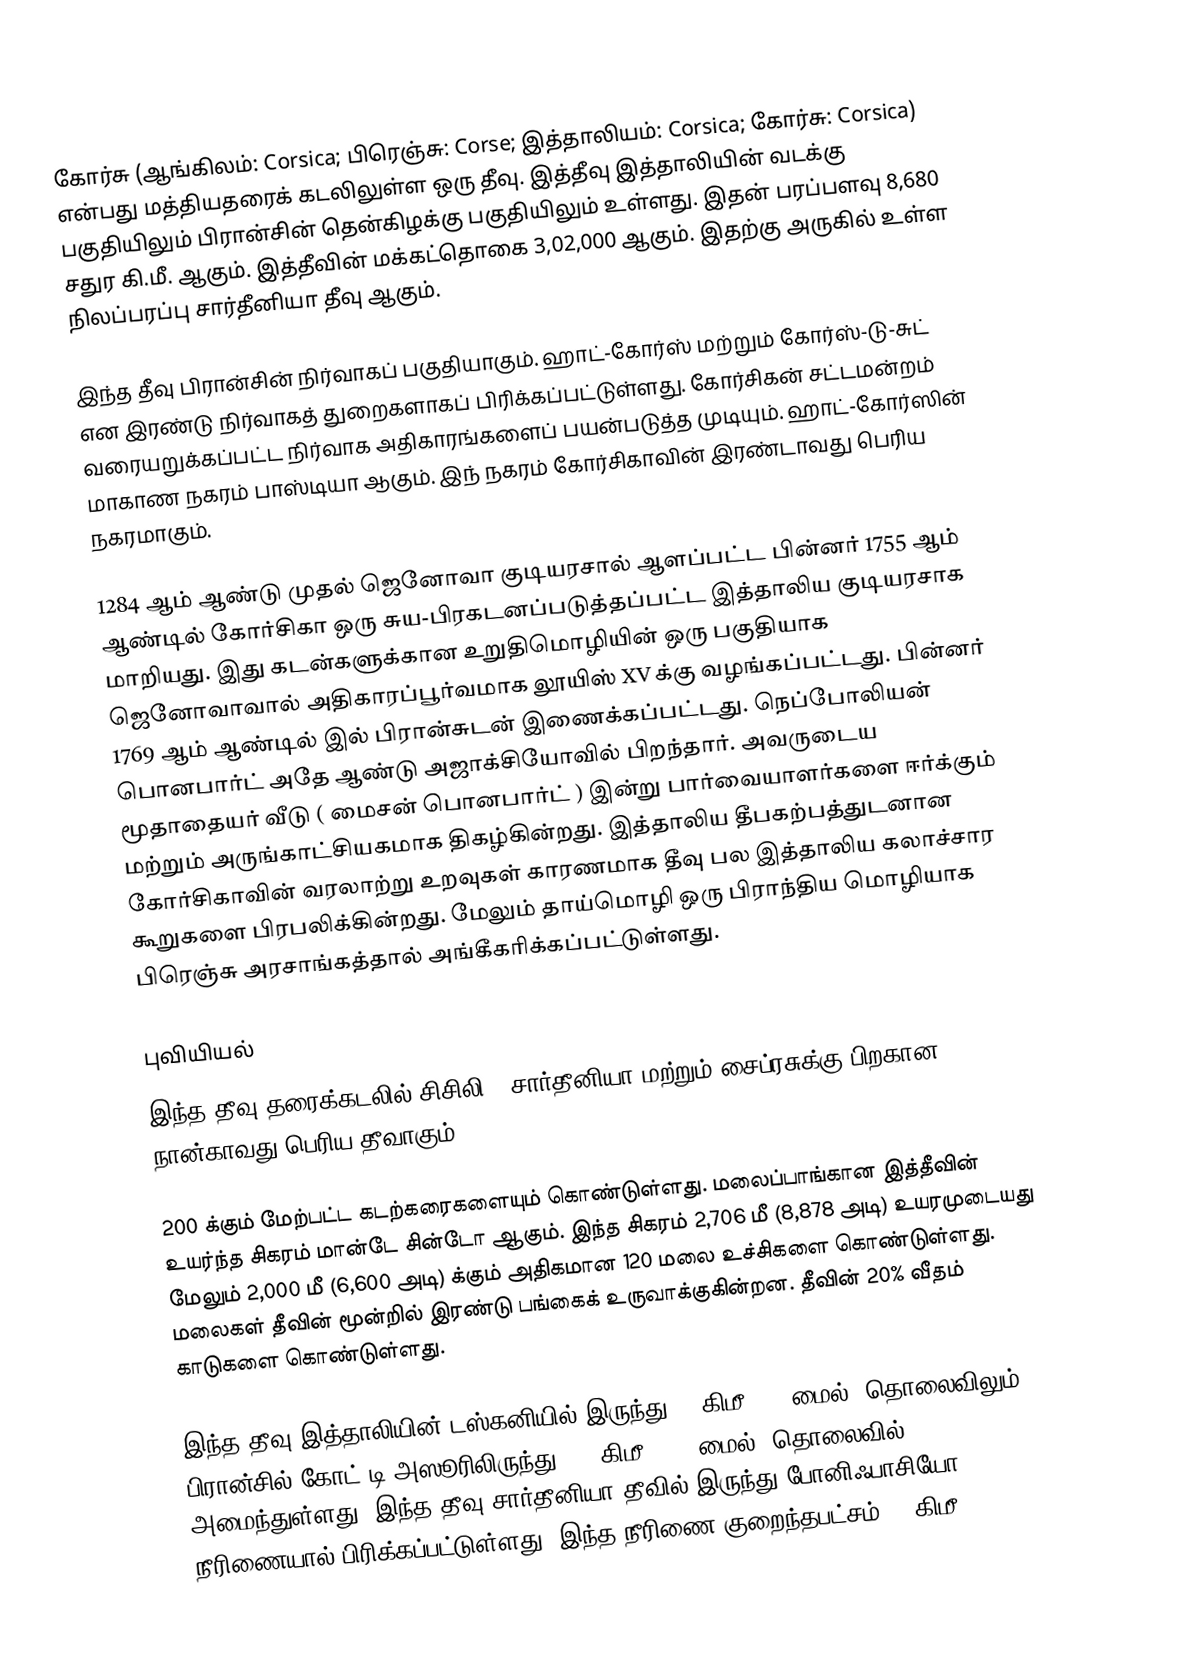
கோர்சு (ஆங்கிலம்: Corsica; பிரெஞ்சு: Corse; இத்தாலியம்: Corsica; கோர்சு: Corsica) என்பது மத்தியதரைக் கடலிலுள்ள ஒரு தீவு. இத்தீவு இத்தாலியின் வடக்கு பகுதியிலும் பிரான்சின் தென்கிழக்கு பகுதியிலும் உள்ளது. இதன் பரப்பளவு 8,680 சதுர கி.மீ. ஆகும். இத்தீவின் மக்கட்தொகை 3,02,000 ஆகும். இதற்கு அருகில் உள்ள நிலப்பரப்பு சார்தீனியா தீவு ஆகும்.

இந்த தீவு பிரான்சின் நிர்வாகப் பகுதியாகும். ஹாட்-கோர்ஸ் மற்றும் கோர்ஸ்-டு-சுட் என இரண்டு நிர்வாகத் துறைகளாகப் பிரிக்கப்பட்டுள்ளது. கோர்சிகன் சட்டமன்றம் வரையறுக்கப்பட்ட நிர்வாக அதிகாரங்களைப் பயன்படுத்த முடியும். ஹாட்-கோர்ஸின் மாகாண நகரம் பாஸ்டியா ஆகும். இந் நகரம்  கோர்சிகாவின் இரண்டாவது பெரிய நகரமாகும்.

1284 ஆம் ஆண்டு முதல் ஜெனோவா குடியரசால் ஆளப்பட்ட பின்னர் 1755 ஆம் ஆண்டில் கோர்சிகா ஒரு சுய-பிரகடனப்படுத்தப்பட்ட இத்தாலிய குடியரசாக மாறியது. இது கடன்களுக்கான உறுதிமொழியின் ஒரு பகுதியாக ஜெனோவாவால் அதிகாரப்பூர்வமாக லூயிஸ் XV க்கு வழங்கப்பட்டது. பின்னர் 1769 ஆம் ஆண்டில் இல் பிரான்சுடன் இணைக்கப்பட்டது. நெப்போலியன் பொனபார்ட் அதே ஆண்டு அஜாக்சியோவில் பிறந்தார். அவருடைய மூதாதையர் வீடு ( மைசன் பொனபார்ட் ) இன்று  பார்வையாளர்களை ஈர்க்கும் மற்றும் அருங்காட்சியகமாக திகழ்கின்றது. இத்தாலிய தீபகற்பத்துடனான கோர்சிகாவின் வரலாற்று உறவுகள் காரணமாக தீவு பல இத்தாலிய கலாச்சார கூறுகளை பிரபலிக்கின்றது. மேலும் தாய்மொழி ஒரு பிராந்திய மொழியாக பிரெஞ்சு அரசாங்கத்தால் அங்கீகரிக்கப்பட்டுள்ளது.

புவியியல்
இந்த தீவு தரைக்கடலில் சிசிலி , சார்தீனியா மற்றும் சைப்ரசுக்கு பிறகான  நான்காவது பெரிய தீவாகும்.

200 க்கும் மேற்பட்ட கடற்கரைகளையும் கொண்டுள்ளது. மலைப்பாங்கான இத்தீவின் உயர்ந்த சிகரம் மான்டே சின்டோ ஆகும். இந்த சிகரம் 2,706 மீ (8,878 அடி) உயரமுடையது மேலும் 2,000 மீ (6,600 அடி) க்கும் அதிகமான 120 மலை  உச்சிகளை கொண்டுள்ளது. மலைகள் தீவின் மூன்றில் இரண்டு பங்கைக்  உருவாக்குகின்றன. தீவின் 20% வீதம் காடுகளை கொண்டுள்ளது.

இந்த தீவு இத்தாலியின் டஸ்கனியில் இருந்து 90 கிமீ (56 மைல்) தொலைவிலும், பிரான்சில் கோட் டி அஸூரிலிருந்து 170 கிமீ (110 மைல்) தொலைவில் அமைந்துள்ளது. இந்த தீவு சார்தீனியா தீவில் இருந்து போனிஃபாசியோ நீரிணையால் பிரிக்கப்பட்டுள்ளது. இந்த நீரிணை குறைந்தபட்சம் 11 கிமீ (